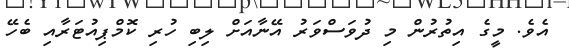
އެވެ. މީގެ އިތުރުން މި ދުވަސްވަރު އޭނާއަށް ލިބި ހުރި ކޮމްޕިއުޓަރާއި ބެހޭ